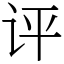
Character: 评